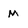
Character: M